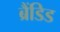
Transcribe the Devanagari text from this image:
ब्रैंडिड